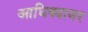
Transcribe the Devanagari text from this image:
आधिक्यावर